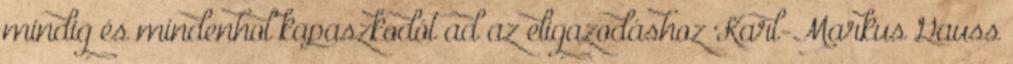
mindig és mindenhol kapaszkodót ad az eligazodáshoz Karl-Markus Gauss